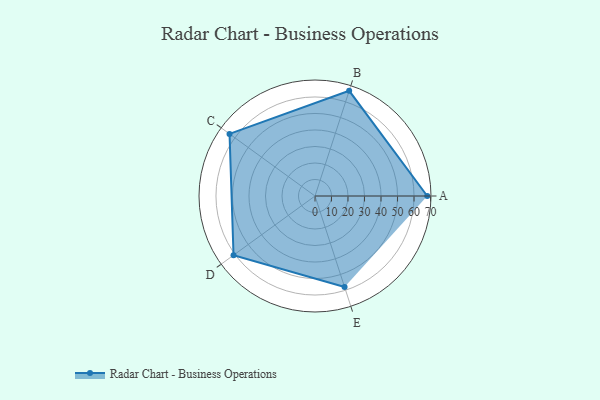
{"axis": {"x": "Skill", "y": "Score"}, "legend": ["Profile"], "data": [{"x": "A", "y": 68.0, "type": "Profile"}, {"x": "B", "y": 67.0, "type": "Profile"}, {"x": "C", "y": 64.0, "type": "Profile"}, {"x": "D", "y": 61.0, "type": "Profile"}, {"x": "E", "y": 58.0, "type": "Profile"}]}